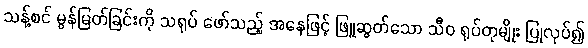
သန့်စင် မွန်မြတ်ခြင်းကို သရုပ် ဖော်သည့် အနေဖြင့် ဖြူဆွတ်သော သီဝ ရုပ်တုမျိုး ပြုလုပ်၍